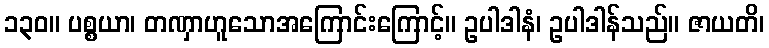
၁၃၀။ ပစ္စယာ၊ တဏှာဟူသောအကြောင်းကြောင့်။ ဥပါဒါနံ၊ ဥပါဒါန်သည်။ ဇာယတိ၊